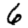
Digit: 6